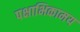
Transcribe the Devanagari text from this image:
पक्षाभिकामय